Lunatic asylums Central Provinces reports 1910-1926 - 1910-1926
Year: 1910
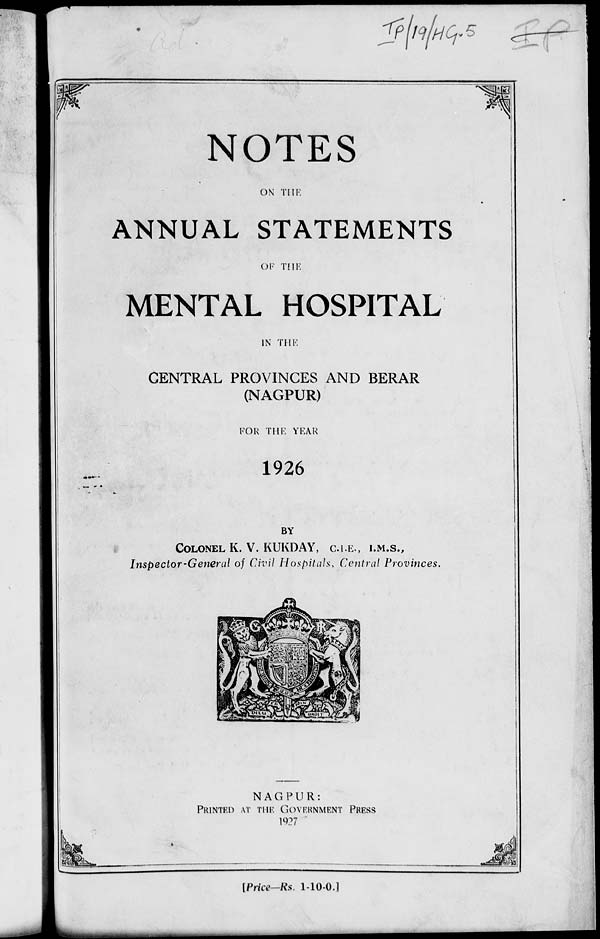
NOTES
ON THE
ANNUAL STATEMENTS
OF
THE
MENTAL HOSPITAL
IN THE
CENTRAL PROVINCES AND BERAR
(NAGPUR)
FOR THE YEAR
1926
BY
COLONEL K. V. KUKDAY, C.I.E., I.M.S.,
Inspector-General of Civil Hospitals, Central Provinces.
NAGPUR:
PRINTED AT THE GOVERNMENT PRESS
1927
[Price—Rs. 1-10-0.]